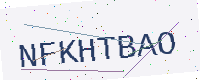
Text: NFKHTBAO